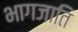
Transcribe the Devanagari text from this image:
भागजाति